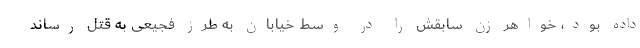
داده بود، خواهر زن سابقش را در وسط خیابان به طرز فجیعی به قتل رساند